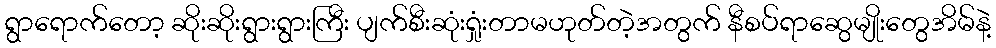
ရွာရောက်တော့ ဆိုးဆိုးရွားရွားကြီး ပျက်စီးဆုံးရှုံးတာမဟုတ်တဲ့အတွက် နီစပ်ရာဆွေမျိုးတွေအိမ်နဲ့